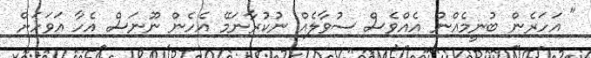
" އަހަރެން ބުނީމެއްނު އެއްވެސް ސުވާލެއް ނުކުރާނަމޭ އެހެން ނޫނަސް އެހާ އަވަހަށް